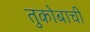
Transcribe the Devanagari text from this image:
तुकोबाची